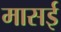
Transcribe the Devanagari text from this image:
मासई